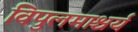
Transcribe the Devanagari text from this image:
विपुलमाश्चर्य